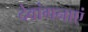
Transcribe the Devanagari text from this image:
देवांगनाएं